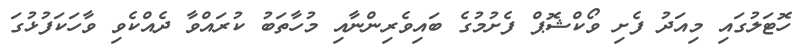
ހޮޓަލުގައި މިއަދު ފެށި ވޯކްޝޮޕް ފެށުމުގެ ބައިވެރިންނާއި މުހާތަބު ކުރައްވާ ދެއްކެވި ވާހަކަފުޅުގަ